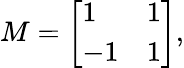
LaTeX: M={\left[\begin{array}{ll}{1}&{1}\\ {-1}&{1}\end{array}\right]},